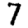
Digit: 7